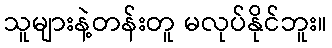
သူများနဲ့တန်းတူ မလုပ်နိုင်ဘူး။